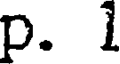
p. 1